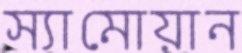
স্যামোয়ান